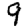
Digit: 9